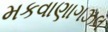
મકવાણાગઝલ